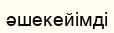
әшекейімді